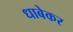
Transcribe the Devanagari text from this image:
धाबेकर